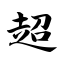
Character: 超